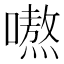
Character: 𭋣